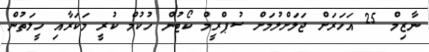
ނާޒިމް 25 އަހަރަށް ޖަލަށްލުމަށް ސުޕްރީމް ކޯޓުން ހުކުމް ކުރީ މަކަރާއި ހީލަތުން